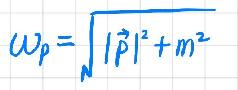
\(\omega_{\vec{p}}=\sqrt{|\vec{p}|^{2}+m^{2}}\)